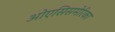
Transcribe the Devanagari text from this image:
ओएसिसमेरिका